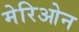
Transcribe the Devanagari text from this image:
मेरिओन